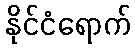
နိုင်ငံရောက်